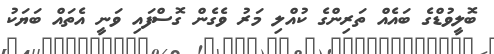
ބޮލީވުޑްގެ ބައެއް ތަރިންގެ ކުއްލި މަރު ވެގެން ގޮސްފައި ވަނީ އެތައް ބަޔަކު